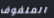
الملفوف